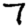
Digit: 7